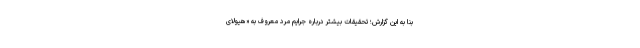
بنا به این گزارش؛ تحقیقات بیشتر درباره جرایم مرد معروف به «هیولای